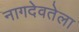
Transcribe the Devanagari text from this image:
नागदेवतेला